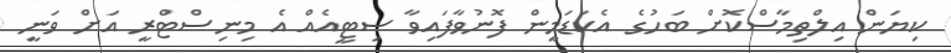
ކިޔަން އިލްތިމާސްކޮށް ބަހުގެ އެކަޑަމީން ފޮނުވާފައިވާ ސިޓީއެއް އެ މިނިސްޓްރީ އަށް ވަނީ